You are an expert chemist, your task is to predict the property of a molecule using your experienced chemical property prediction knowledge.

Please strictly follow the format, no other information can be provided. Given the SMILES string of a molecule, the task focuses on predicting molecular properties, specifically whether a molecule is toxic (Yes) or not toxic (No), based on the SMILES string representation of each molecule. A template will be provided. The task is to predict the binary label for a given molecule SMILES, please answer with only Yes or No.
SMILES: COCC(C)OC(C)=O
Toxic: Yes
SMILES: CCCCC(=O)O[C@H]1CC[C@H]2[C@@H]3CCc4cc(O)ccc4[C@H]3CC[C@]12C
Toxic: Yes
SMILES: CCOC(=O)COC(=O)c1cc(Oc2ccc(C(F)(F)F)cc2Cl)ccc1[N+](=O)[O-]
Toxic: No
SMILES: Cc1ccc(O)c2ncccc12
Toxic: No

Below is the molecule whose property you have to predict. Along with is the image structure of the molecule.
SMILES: Clc1ccc(CCC(Cn2ccnc2)Sc2c(Cl)cccc2Cl)cc1
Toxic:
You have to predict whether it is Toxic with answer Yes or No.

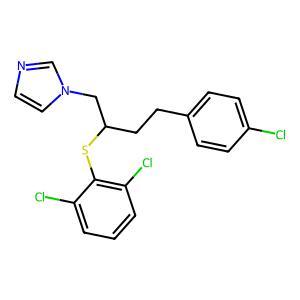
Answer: No